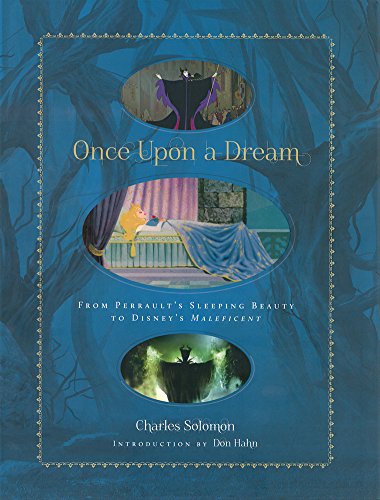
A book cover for Once Upon a Dream: From Perrault's Sleeping Beauty to Disney's Maleficent (Disney Editions Deluxe (Film)); Charles Solomon; Humor & Entertainment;